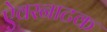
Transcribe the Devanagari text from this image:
ऐवरनाटक